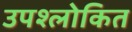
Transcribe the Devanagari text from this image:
उपश्लोकित